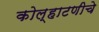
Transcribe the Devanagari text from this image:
कोल्हाटणीचे